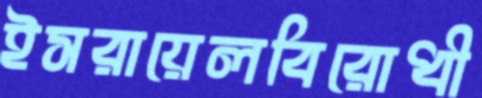
ইসরায়েলবিরোধী